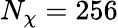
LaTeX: N_{\chi}=256